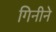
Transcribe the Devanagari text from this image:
गिनीने